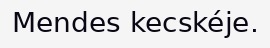
Mendes kecskéje.